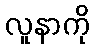
လူနာကို